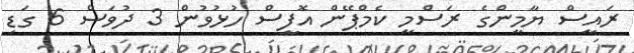
ރައީސް ޔާމީންގެ ރަސްމީ ކެމްޕޭން އޮފީސް ހުޅުވުުން 3 ދުވަސް 6 ގަޑި